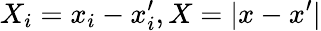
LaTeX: X_{i}=x_{i}-x_{i}^{\prime},X=|x-x^{\prime}|